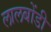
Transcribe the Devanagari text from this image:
लालबोंडी